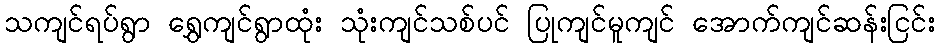
သကျင်ရပ်ရွာ ရွှေကျင်ရွာထုံး သုံးကျင်သစ်ပင် ပြုကျင်မူကျင် အောက်ကျင်ဆန်းငြင်း